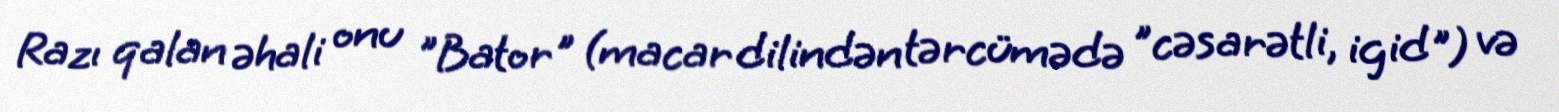
Razı qalan əhali onu "Bator" (macar dilindən tərcümədə "cəsarətli, igid") və